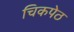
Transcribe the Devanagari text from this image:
चिकपेठ